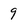
Character: 9